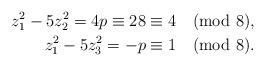
LaTeX: \begin{align*} z_{1}^{2} - 5z_{2}^{2} = 4p \equiv 28 \equiv 4 \pmod 8,\\ z_{1}^{2} - 5z_{3}^{2} = -p \equiv 1 \pmod 8.\end{align*}